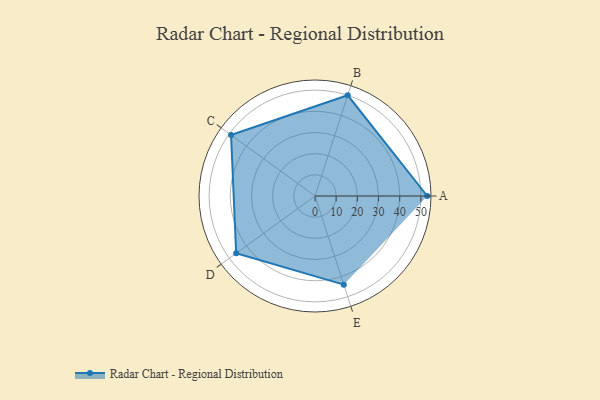
{"axis": {"x": "Skill", "y": "Score"}, "legend": ["Profile"], "data": [{"x": "A", "y": 53.0, "type": "Profile"}, {"x": "B", "y": 50.0, "type": "Profile"}, {"x": "C", "y": 49.0, "type": "Profile"}, {"x": "D", "y": 46.0, "type": "Profile"}, {"x": "E", "y": 44.0, "type": "Profile"}]}